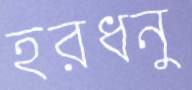
হরধনু